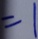
= 1